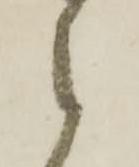
候